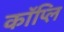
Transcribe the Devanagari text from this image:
कॉप्लि